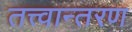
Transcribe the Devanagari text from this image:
तत्त्वान्तरण